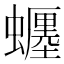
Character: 𧓋